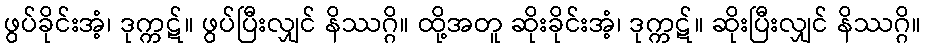
ဖွပ်ခိုင်းအံ့၊ ဒုက္ကဋ်။ ဖွပ်ပြီးလျှင် နိဿဂ္ဂိ။ ထို့အတူ ဆိုးခိုင်းအံ့၊ ဒုက္ကဋ်။ ဆိုးပြီးလျှင် နိဿဂ္ဂိ။